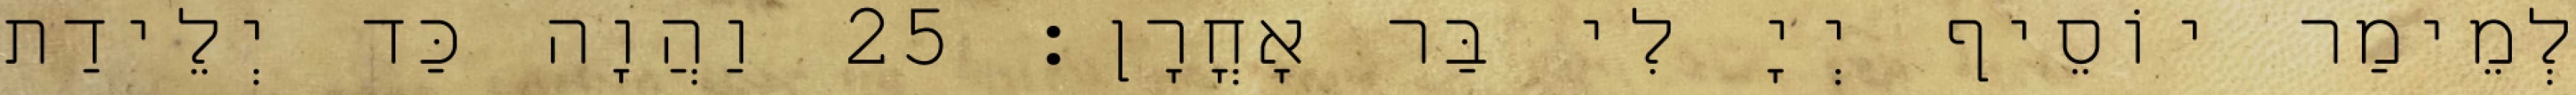
לְמֵימַר יוֹסֵיף יְיָ לִי בַּר אָחֳרָן׃ 25 וַהֲוָה כַּד יְלֵידַת